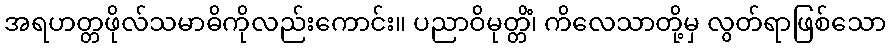
အရဟတ္တဖိုလ်သမာဓိကိုလည်းကောင်း။ ပညာဝိမုတ္တိံ၊ ကိလေသာတို့မှ လွတ်ရာဖြစ်သော